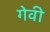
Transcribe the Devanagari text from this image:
गेवी